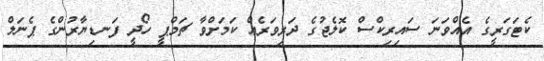
ކެޓަގަރީގެ އެއްވަނަ ސައިރިކްސް ކޮލެޖުގެ ދަރިވަރެއް ކަމަށްވާ ޗަމްޕީ ހޯދީ ފަނޑިޔާރުންގެ ޕެނަލް